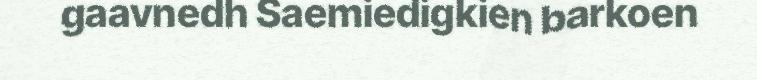
gaavnedh Saemiedigkien barkoen